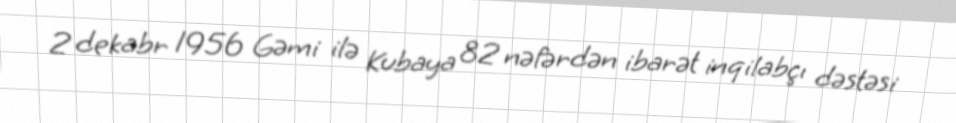
2 dekabr 1956 Gəmi ilə Kubaya 82 nəfərdən ibarət inqilabçı dəstəsi